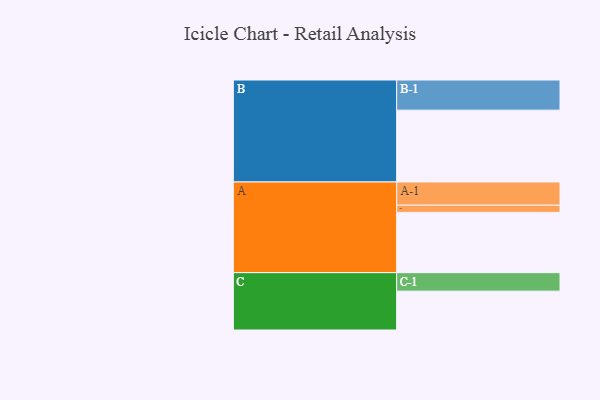
{"axis": {"x": "Segment", "y": "Value"}, "legend": ["", "A", "B", "C"], "data": [{"x": "A", "y": 470, "type": ""}, {"x": "B", "y": 560, "type": ""}, {"x": "C", "y": 303, "type": ""}, {"x": "A-1", "y": 181, "type": "A"}, {"x": "A-2", "y": 56, "type": "A"}, {"x": "B-1", "y": 235, "type": "B"}, {"x": "C-1", "y": 144, "type": "C"}]}